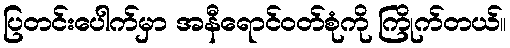
ပြတင်းပေါက်မှာ အနီရောင်ဝတ်စုံကို ကြိုက်တယ်။